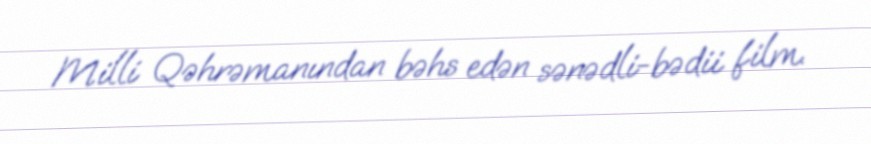
Milli Qəhrəmanından bəhs edən sənədli-bədii film.